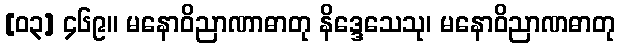
[၀၃] ၄၆၉။ မနောဝိညာဏာဓာတု နိဒ္ဒေသေသု၊ မနောဝိညာဏဓာတု